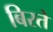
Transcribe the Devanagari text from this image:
बिरते